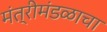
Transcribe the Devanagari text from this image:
मंत्रीमंडळाचा